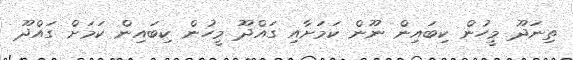
ތިނަދޫ މީހުން ކިބައިން ނޫން ކަމަށާއި ގައްދޫ މީހުން ކިބައިން ކަމަށް ގައްދޫ